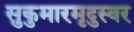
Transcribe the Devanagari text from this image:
सुकुमारमृदुस्वर